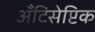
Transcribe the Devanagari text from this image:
अँटिसेप्टिक